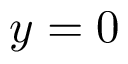
y = 0